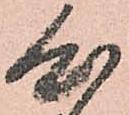
心